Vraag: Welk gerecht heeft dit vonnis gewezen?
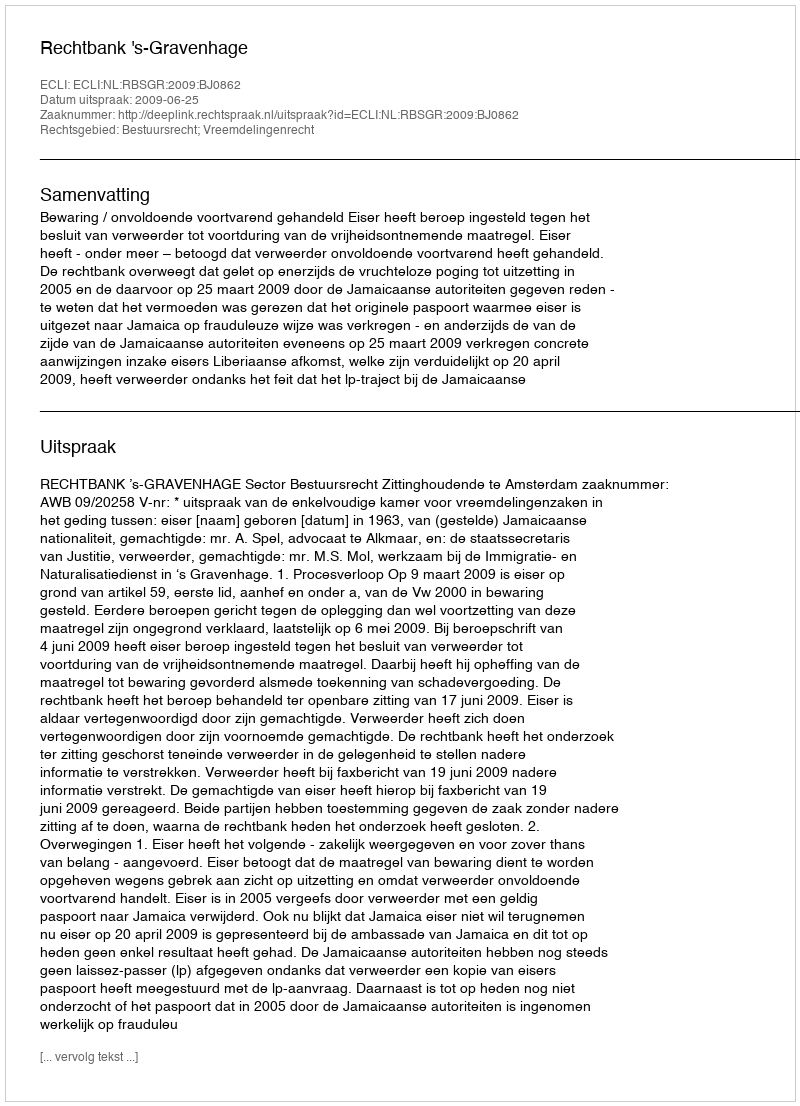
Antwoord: Rechtbank 's-Gravenhage